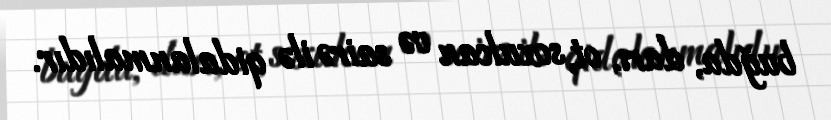
buğda, darı, ot, soxulcan və sairə ilə qidalanmalıdır.